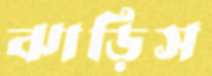
ঝাড়িস